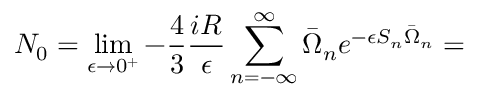
N _ { 0 } = \operatorname * { l i m } _ { \epsilon \rightarrow 0 ^ { + } } - \frac 4 3 \frac { i R } { \epsilon } \sum _ { n = - \infty } ^ { \infty } \bar { \Omega } _ { n } e ^ { - \epsilon S _ { n } \bar { \Omega } _ { n } } =